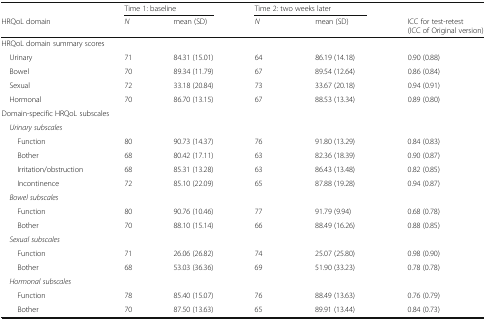
|  | <COLSPAN=2> Time 1: baseline | <COLSPAN=2> Time 2: two weeks later |  |
 | HRQoL domain | N | mean (SD) | N | mean (SD) | ICC for test-retest (ICC of Original version) |
 | --- | --- | --- | --- | --- | --- |
 | <COLSPAN=6> HRQoL domain summary scores |
 | Urinary | 71 | 84.31 (15.01) | 64 | 86.19 (14.18) | 0.90 (0.88) |
 | Bowel | 70 | 89.34 (11.79) | 67 | 89.54 (12.64) | 0.86 (0.84) |
 | Sexual | 72 | 33.18 (20.84) | 73 | 33.67 (20.18) | 0.94 (0.91) |
 | Hormonal | 70 | 86.70 (13.15) | 67 | 88.53 (13.34) | 0.89 (0.80) |
 | <COLSPAN=6> Domain-specific HRQoL subscales |
 | <COLSPAN=6> Urinary subscales |
 | Function | 80 | 90.73 (14.37) | 76 | 91.80 (13.29) | 0.84 (0.83) |
 | Bother | 68 | 80.42 (17.11) | 63 | 82.36 (18.39) | 0.90 (0.87) |
 | Irritation/obstruction | 68 | 85.31 (13.28) | 63 | 86.43 (13.48) | 0.82 (0.85) |
 | Incontinence | 72 | 85.10 (22.09) | 65 | 87.88 (19.28) | 0.94 (0.87) |
 | <COLSPAN=6> Bowel subscales |
 | Function | 80 | 90.76 (10.46) | 77 | 91.79 (9.94) | 0.68 (0.78) |
 | Bother | 70 | 88.10 (15.14) | 66 | 88.49 (16.26) | 0.88 (0.85) |
 | <COLSPAN=6> Sexual subscales |
 | Function | 71 | 26.06 (26.82) | 74 | 25.07 (25.80) | 0.98 (0.90) |
 | Bother | 68 | 53.03 (36.36) | 69 | 51.90 (33.23) | 0.78 (0.78) |
 | <COLSPAN=6> Hormonal subscales |
 | Function | 78 | 85.40 (15.07) | 76 | 88.49 (13.63) | 0.76 (0.79) |
 | Bother | 70 | 87.50 (13.63) | 65 | 89.91 (13.44) | 0.84 (0.73) |